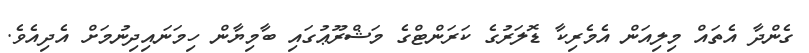
ގެންދާ އެތައް މިލިއަން އެމެރިކާ ޑޮލަރުގެ ކަރަންޓްގެ މަޝްރޫޢުގައި ބާމިޔާން ހިމަނައިދިނުމަށް އެދިއެވެ.